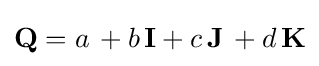
{\textbf {Q}}=a\,+b\,{\textbf {I}}+c\,{\textbf {J}}\,+d\,{\textbf {K}}